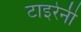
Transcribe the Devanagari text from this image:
टाइरेनी